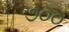
૭૦૦